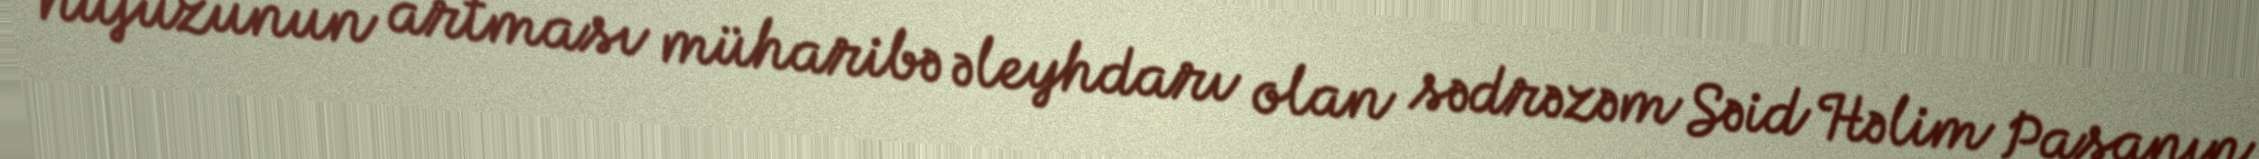
nüfuzunun artması müharibə əleyhdarı olan sədrəzəm Səid Həlim Paşanın